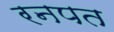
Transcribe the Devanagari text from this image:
रनपत